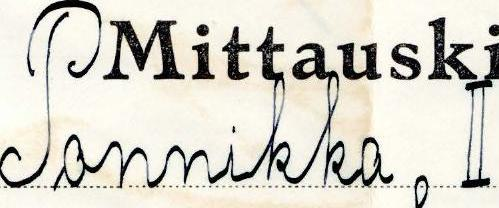
Ponnikka II